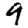
Digit: 9